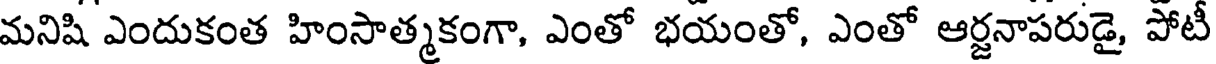
మనిషి ఎందుకంత హింసాత్మకంగా, ఎంతో భయంతో, ఎంతో ఆర్జనాపరుడై, పోటీ